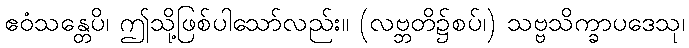
ဧဝံသန္တေပိ၊ ဤသို့ဖြစ်ပါသော်လည်း။ (လဗ္ဘတိ၌စပ်၊) သဗ္ဗသိက္ခာပဒေသု၊